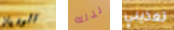
الوديان لذلك تعذيبي